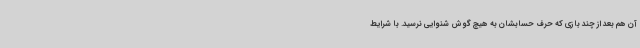
آن هم بعد از چند بازی که حرف حسابشان به هیچ گوش شنوایی نرسید. با شرایط